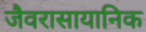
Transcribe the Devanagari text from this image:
जैवरासायानिक